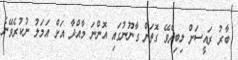
ބާރު ރައީސަށް ލިބިދެވޭ ގޮތަށް ގާނޫނުގައި އޮންނަ މާއްދާ އަށް އަމަލު ނުކުރެވޭނެ